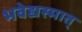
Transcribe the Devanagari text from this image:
भवेद्यस्मात्